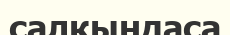
салқындаса